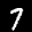
Label: 7